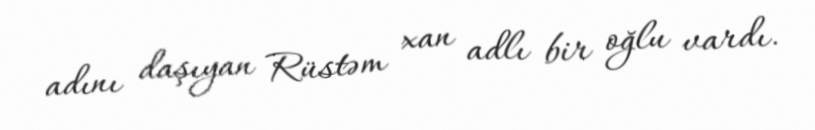
adını daşıyan Rüstəm xan adlı bir oğlu vardı.